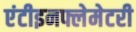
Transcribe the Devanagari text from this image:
एंटीइनफ्लेमेटरी